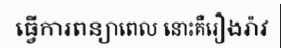
ធ្វើការពន្យាពេល នោះគឺរឿងរ៉ាវ